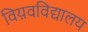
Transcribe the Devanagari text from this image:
विय़वविद्यालय